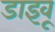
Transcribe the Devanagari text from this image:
डाइवू